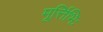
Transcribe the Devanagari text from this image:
मूर्त्तिभिः